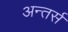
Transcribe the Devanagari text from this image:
अन्तर्स